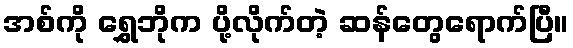
အစ်ကို ရွှေဘိုက ပို့လိုက်တဲ့ ဆန်တွေရောက်ပြီ။